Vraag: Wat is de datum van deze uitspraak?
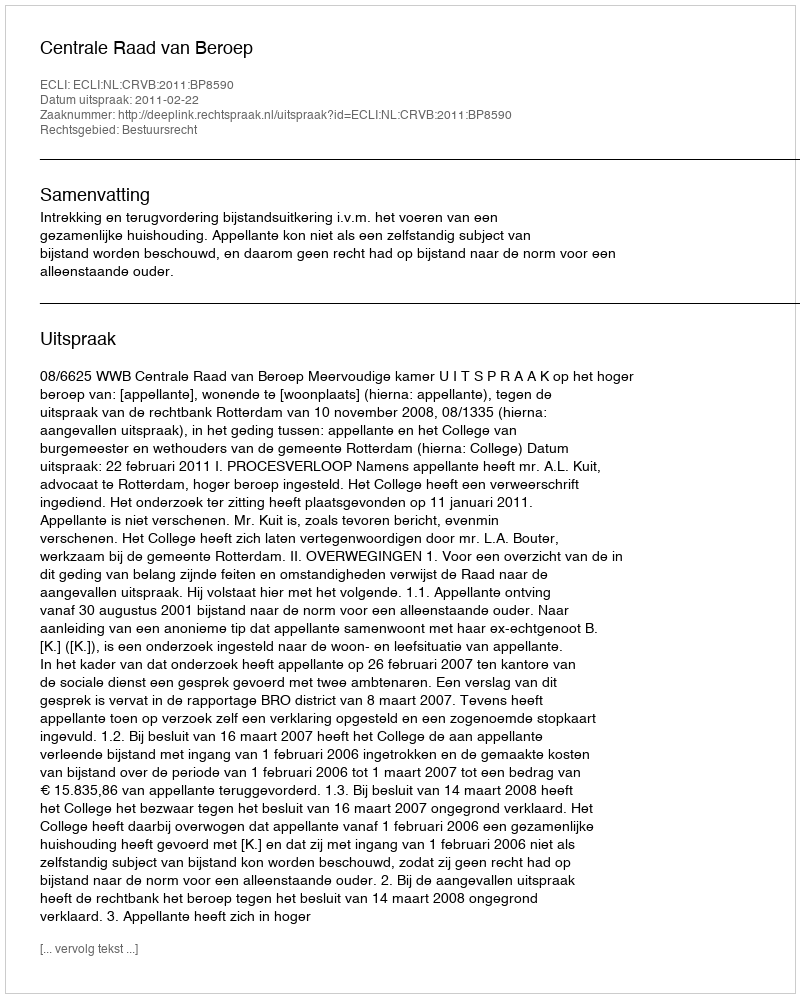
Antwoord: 2011-02-22